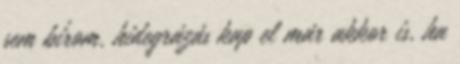
sem bírom, hidegrázás kap el már akkor is, ha